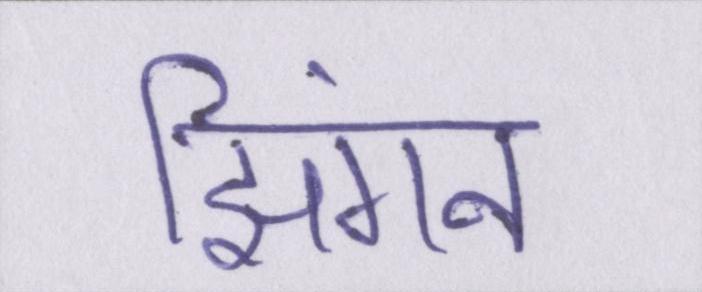
झिंगन